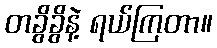
တခွိခွိနဲ့ ရယ်ကြတာ။